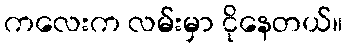
ကလေးက လမ်းမှာ ငိုနေတယ်။